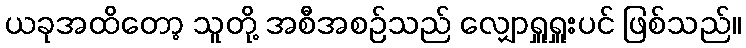
ယခုအထိတော့ သူတို့ အစီအစဉ်သည် လျှောရှူရှူးပင် ဖြစ်သည်။